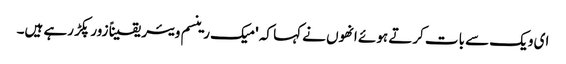
ای ویک سے بات کرتے ہوئے انھوں نے کہا کہ 'میک رینسم ویئر یقیناً زور پکڑ رہے ہیں۔